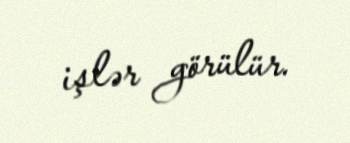
işlər görülür.